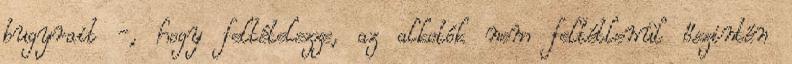
bugyrait -, hogy feltételezze, az alkotók nem feltétlenül őszintén